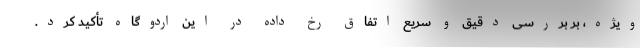
ویژه، بر بررسی دقیق و سریع اتفاق رخ داده در این اردوگاه تأکید کرد.